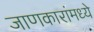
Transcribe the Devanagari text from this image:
जाणकारांमध्ये